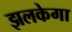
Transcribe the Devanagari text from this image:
झलकेगा